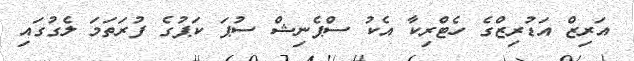
އަރިޒް އަޑުރިޒްގެ ހެޓްރިކާ އެކު ސްޕެނިޝް ސުޕަ ކަޕުގެ ފުރަތަމަ ލެގުގައި